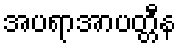
အပရာအာပတ္တီန